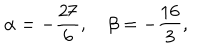
LaTeX: \alpha = - \frac { 2 7 } { 6 } , \quad \beta = - \frac { 1 6 } { 3 } ,